Dysentery in Hazaribagh Central Jail - Number 52
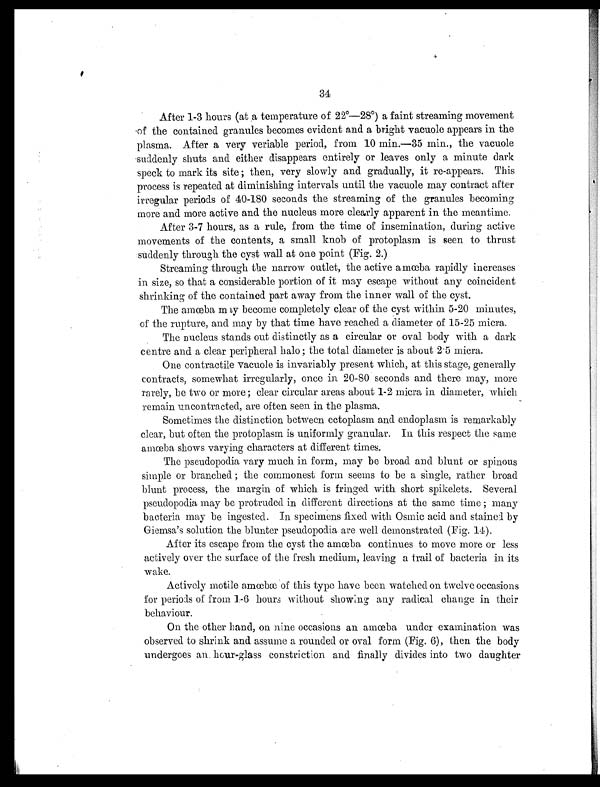
34
After 1-3 hours (at a temperature of 22°—28°) a faint streaming movement
of the contained granules becomes evident and a bright vacuole appears in the
plasma. After a very veriable period, from 10 min.—35 min., the vacuole
suddenly shuts and either disappears entirely or leaves only a minute dark
speck to mark its site ; then, very slowly and gradually, it re-appears. This
process is repeated at diminishing intervals until the vacuole may contract after
irregular periods of 40-180 seconds the streaming of the granules becoming
more and more active and the nucleus more clearly apparent in the meantime.
After 3-7 hours, as a rule, from the time of insemination, during active
movements of the contents, a small knob of protoplasm is seen to thrust
suddenly through the cyst wall at one point (Fig. 2.)
Streaming through the narrow outlet, the active amœba rapidly increases
in size, so that a considerable portion of it may escape without any coincident
shrinking of the contained part away from the inner wall of the cyst.
The amœba may become completely clear of the cyst within 5-20 minutes,
of the rupture, and may by that time have reached a diameter of 15-25 micra.
The nucleus stands out distinctly as a circular or oval body with a dark
centre and a clear peripheral halo ; the total diameter is about 2 . 5 micra
One contractile vacuole is invariably present which, at this stage, generally
contracts, somewhat irregularly, once in 20-80 seconds and there may, more
rarely, be two or more; clear circular areas about 1-2 micra in diameter, which
remain uncontracted, are often seen in the plasma.
Sometimes the distinction between ectoplasm and endoplasm is remarkably
clear, but often the protoplasm is uniformly granular. In this respect the same
amœba shows varying characters at different times.
The pseudopodia vary much in form, may be broad and blunt or spinous
simple or branched ; the commonest form seems to be a single, rather broad
blunt process, the margin of which is fringed with short spikelets. Several
pseudopodia may be protruded in different directions at the same time ; many
bacteria may be ingested. In specimens fixed with Osmic acid and stained by
Giemsa's solution the blunter pseudopodia are well demonstrated (Fig. 14).
After its escape from the cyst the amœba continues to move more or less
actively over the surface of the fresh medium, leaving a trail of bacteria in its
wake.
Actively motile amœbæ of this type have been watched on twelve occasions
for periods of from 1-6 hours without showing any radical change in their
behaviour.
On the other hand, on nine occasions an amœba under examination was
observed to shrink and assume a rounded or oval form (Fig. 6), then the body
undergoes an. hour-glass constriction and finally divides into two daughter